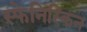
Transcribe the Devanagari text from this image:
स्फेनिस्किन